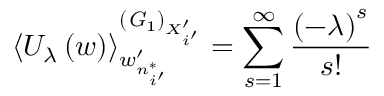
\left\langle U _ { \lambda } \left( w \right) \right\rangle _ { w _ { n _ { i ^ { \prime } } ^ { * } } ^ { \prime } } ^ { \left( { \it G } _ { 1 } \right) _ { X _ { i ^ { \prime } } ^ { \prime } } } = \sum _ { s = 1 } ^ { \infty } \frac { \left( - \lambda \right) ^ { s } } { s ! }